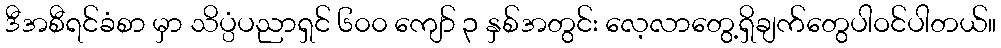
ဒီအစီရင်ခံစာ မှာ သိပ္ပံပညာရှင် ၆၀၀ ကျော် ၃ နှစ်အတွင်း လေ့လာတွေ့ရှိချက်တွေပါဝင်ပါတယ်။